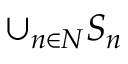
\cup _ { n \in N } S _ { n }